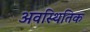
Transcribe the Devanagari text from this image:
अवस्थितिक